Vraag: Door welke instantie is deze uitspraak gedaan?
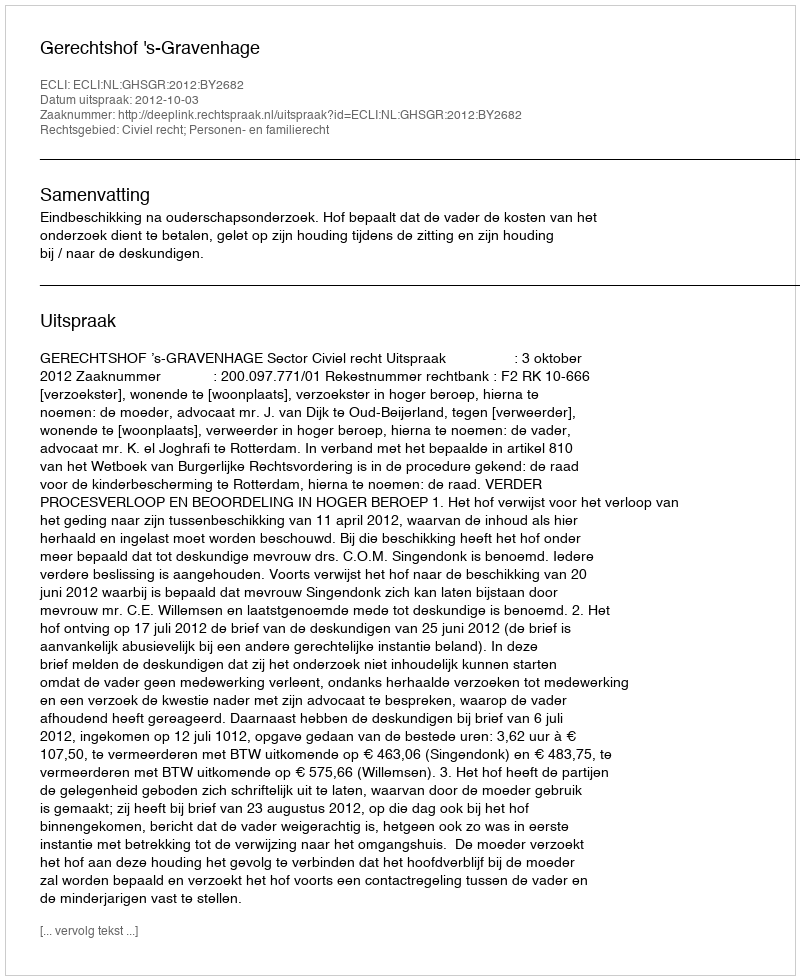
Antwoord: Gerechtshof 's-Gravenhage